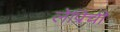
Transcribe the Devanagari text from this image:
लेप्रिची